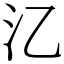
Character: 㲸